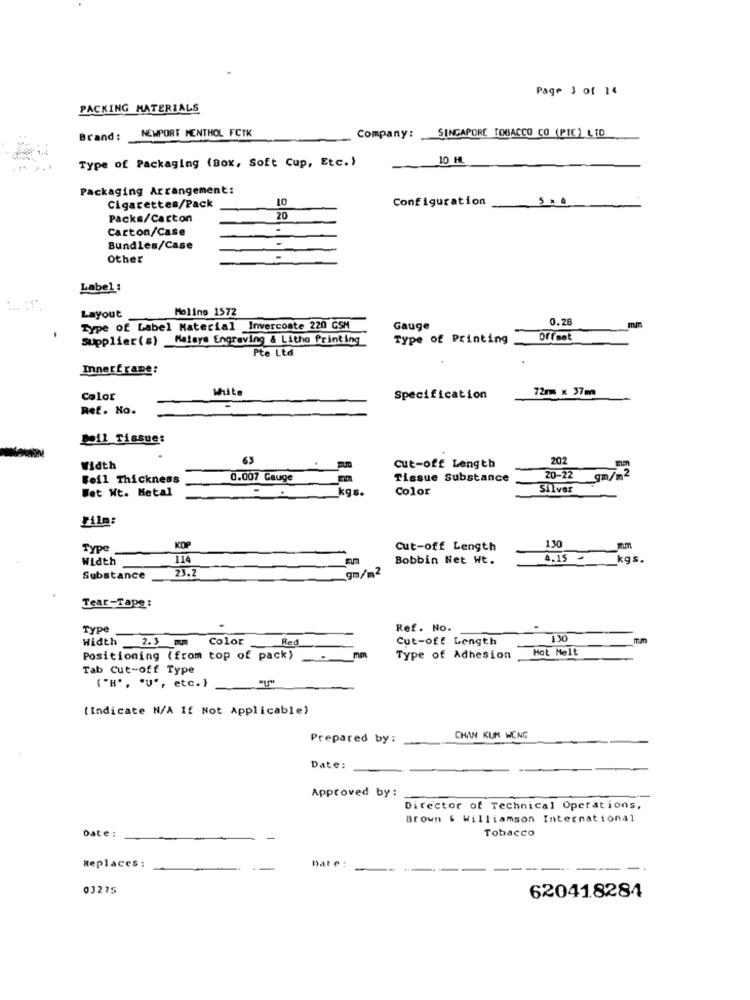
Page 1 of 14
PACKING MATERIALS
NEWPORT MENTHOL FCTK
Brand:
Company: SINGAPORE TOBACCO CO (PIE) LID
Type of Packaging (Box, Soft Cup, Etc.)
10 HL
Packaging Arrangement:
Configuration
Cigarettes/Pack
Packs/Carton
20
Carton/Case
Bundles/Case
Other
Label :
Molins 1572
Layout
0.26
Type of Label Material Invercoate 220 GSM
Gauge
supplier(s) Maisys Engraving & Litho Printing
Type of Printing
Offset
Pte Ltd
Innerframe:
White
72mm x 37m
Color
Specification
Ref. No.
Doil Tissue:
63
202
Width
Cut-off Length
Foil Thickness
0.007 Gauge
Tissue Substance
20-22
gm/m2
Wet Wt. Hetal
kgs.
Color
Silver
Film:
130
Type
KOP
Cut-off Length
Width
114
Bobbin Net Wt.
4.15 -
kgs.
23.2
gm/m2
Substance
Tear-Tape:
Type
Ref. No.
Width 2.3
Color
Red
Cut-off Length
130
Hot Melt
Positioning (from top of pack)
mm
Type of Adhesion
Tab Cut-off Type
("H", "U", etc.}
(Indicate N/A If Not Applicable)
Prepared by:
CHAN KUM WENG
Date:
Approved by :
Director of Technical Operations,
Brown & Williamson International
Date :
Tobacco
Replaces :
Date
03275
620418284